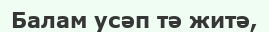
Балам усәп тә житә,